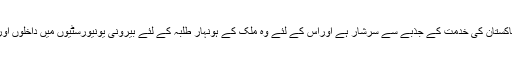
مگر اس کی ایک خصوصیت ہے کہ وہ پاکستان کی خدمت کے جذبے سے سرشار ہے اوراس کے لئے وہ ملک کے ہونہار طلبہ کے لئے بیرونی یونیورسٹیوں میں داخلوں اورا سکالر شپس کی تلاش میں لگا رہتا ہے۔